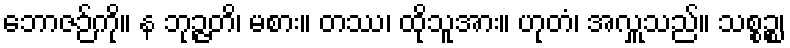
ဘောဇဉ်ကို။ န ဘုဉ္ဇတိ၊ မစား။ တဿ၊ ထိုသူအား။ ဟုတံ၊ အလှူသည်။ သစ္စဉ္စ၊